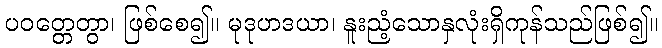
ပဝတ္တေတွာ၊ ဖြစ်စေ၍။ မုဒုဟဒယာ၊ နူးညံ့သောနှလုံးရှိကုန်သည်ဖြစ်၍။